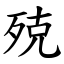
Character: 殑